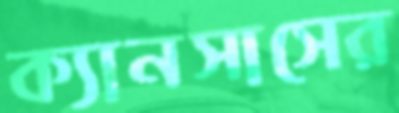
ক্যানসাসের